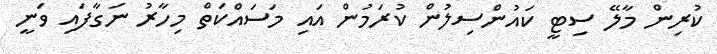
ކުރިން މާލޭ ސިޓީ ކައުންސިލުން ކުރަމުން އައި މަސައްކަތް މިހާރު ނަގާފައި ވަނީ